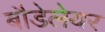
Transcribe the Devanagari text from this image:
बौडेलेयर